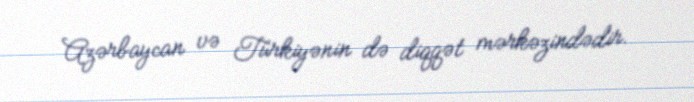
Azərbaycan və Türkiyənin də diqqət mərkəzindədir.